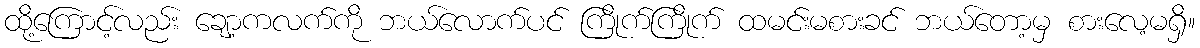
ထို့ကြောင့်လည်း ချော့ကလက်ကို ဘယ်လောက်ပင် ကြိုက်ကြိုက် ထမင်းမစားခင် ဘယ်တော့မှ စားလေ့မရှိ။